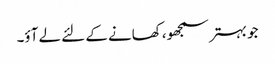
جو بہتر سمجھو، کھانے کے لئے لے آؤ۔